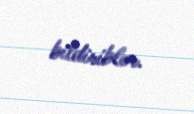
bildiriblər.